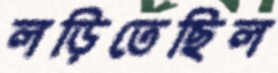
লড়িতেছিল